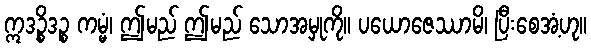
ဣဒဉ္စိဒဉ္စ ကမ္မံ၊ ဤမည် ဤမည် သောအမှုကို။ ပယောဇေဿာမိ၊ ပြီးစေအံ့ဟု။